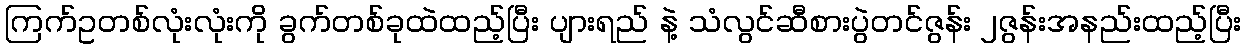
ကြက်ဥတစ်လုံးလုံးကို ခွက်တစ်ခုထဲထည့်ပြီး ပျားရည် နဲ့ သံလွင်ဆီစားပွဲတင်ဇွန်း ၂ဇွန်းအနည်းထည့်ပြီး